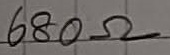
Text: 680Ω